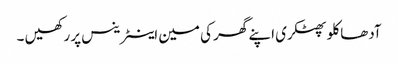
آدھا کلو پھٹکری اپنے گھر کی مین اینٹرینس پر رکھیں ۔